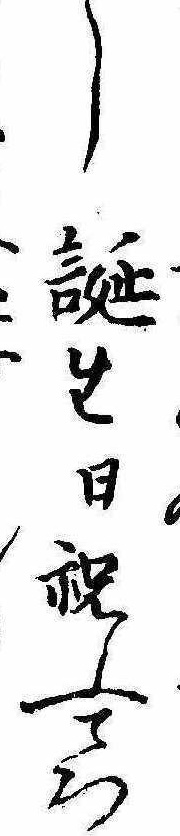
し誕生日祝ふころ